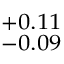
^ { + 0 . 1 1 } _ { - 0 . 0 9 }